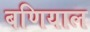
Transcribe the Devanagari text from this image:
बणियाल